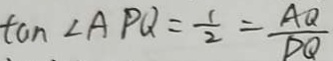
\tan \angle A P Q = \frac { 1 } { 2 } = \frac { A Q } { D Q }